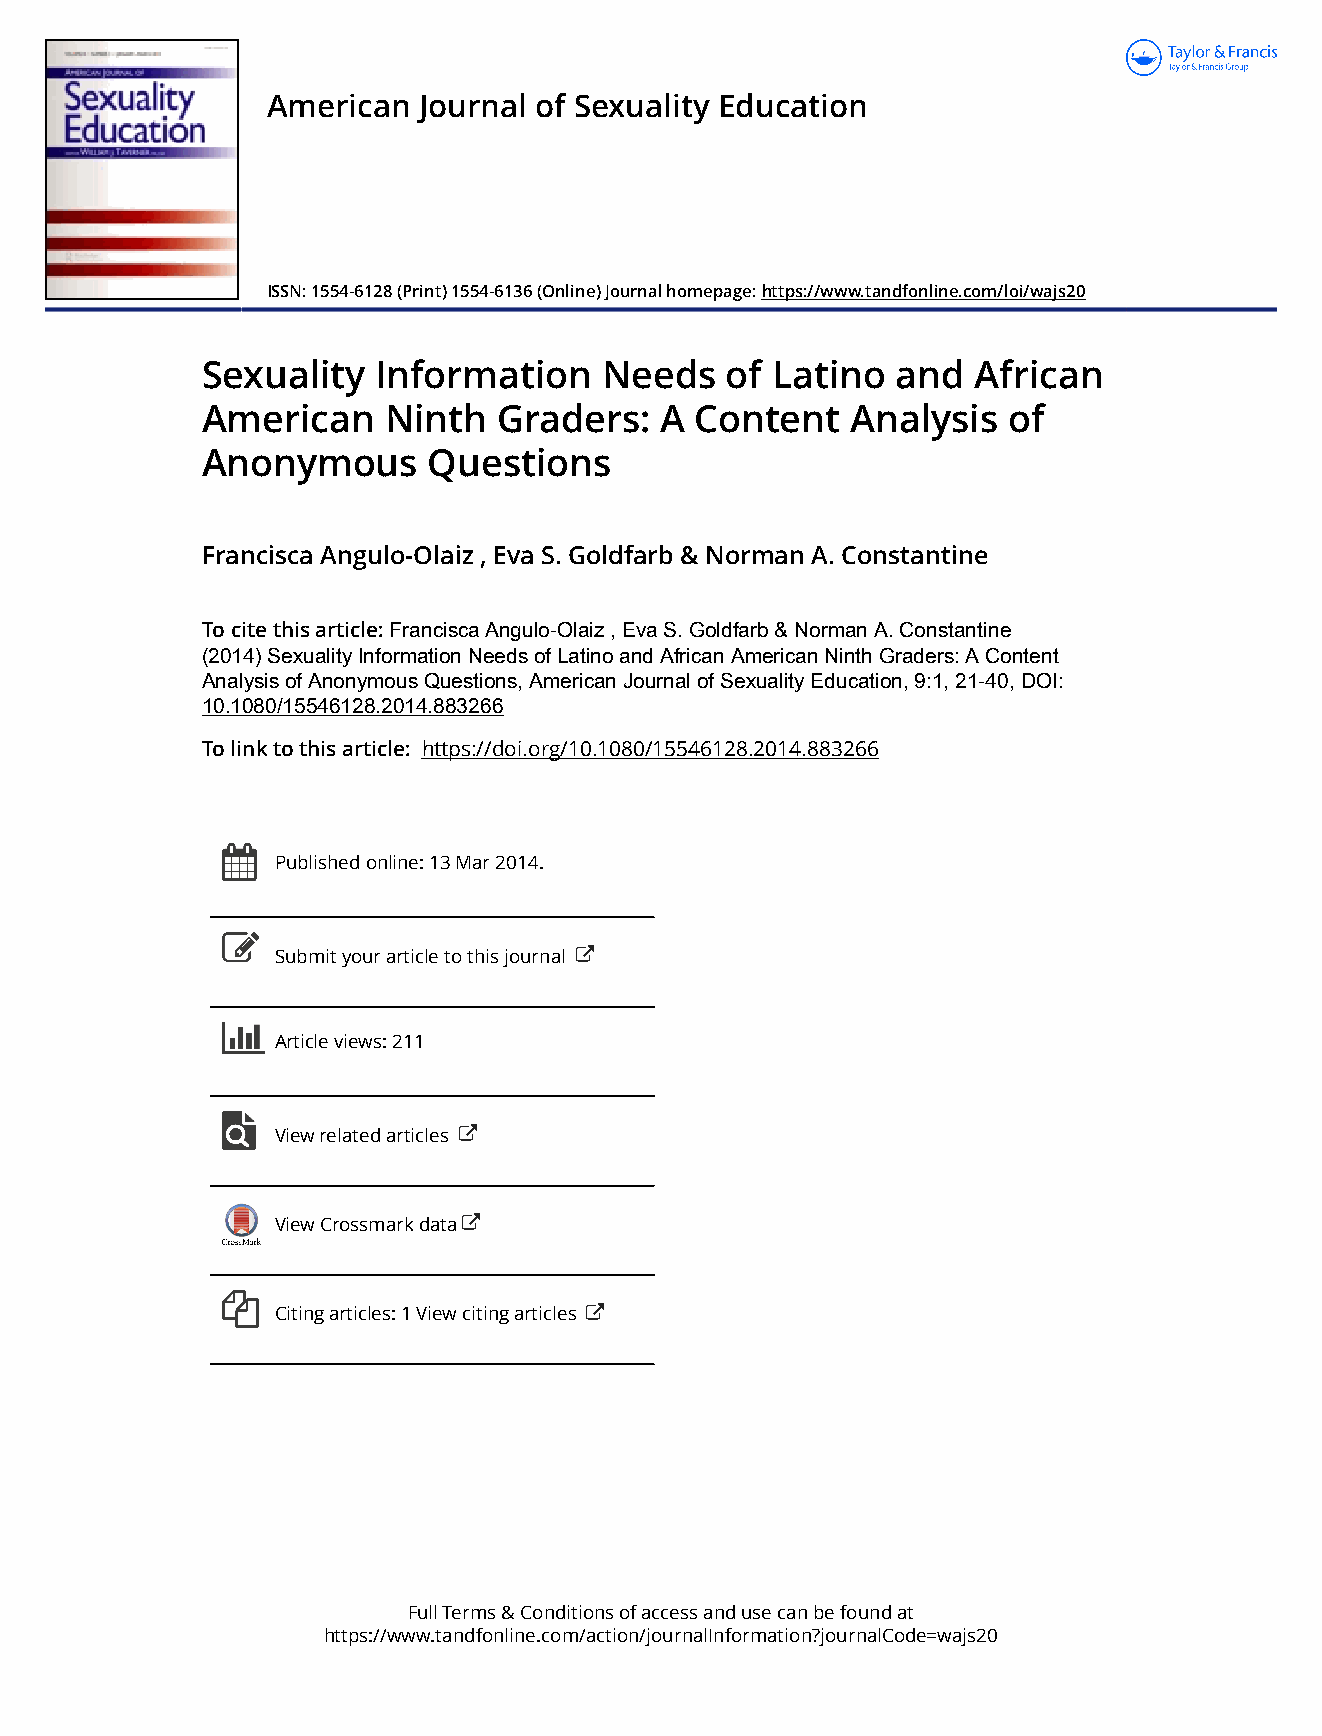
American  Journal of Sexuality Education
 ISSN: 1554-6128 (Print) 1554-6136 (Online) Journal homepage: https://www.tandfonline.com/loi/wajs20
 Sexuality   Information    Needs   of Latino  and   African
 American    Ninth   Graders:   A Content   Analysis   of
 Anonymous      Questions
 Francisca Angulo-Olaiz , Eva S. Goldfarb & Norman A. Constantine
 To cite this article: Francisca Angulo-Olaiz , Eva S. Goldfarb & Norman A. Constantine
 (2014) Sexuality Information Needs of Latino and African American Ninth Graders: A Content
 Analysis of Anonymous Questions, American Journal of Sexuality Education, 9:1, 21-40, DOI:
 10.1080/15546128.2014.883266
 To link to this article: https://doi.org/10.1080/15546128.2014.883266
 Published online: 13 Mar 2014.
 Submit your article to this journal
 Article views: 211
 View related articles
 View Crossmark data
 Citing articles: 1 View citing articles
 Full Terms & Conditions of access and use can be found at
 https://www.tandfonline.com/action/journalInformation?journalCode=wajs20